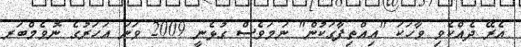
އެރޭ ދެއްކެވި ވާހަކަ "އިއްތިފާގަކުން" ނަމަވެސް ގުޅެނީ 2009 ވަނަ އަހަރުގެ ނޮވެމްބަރ